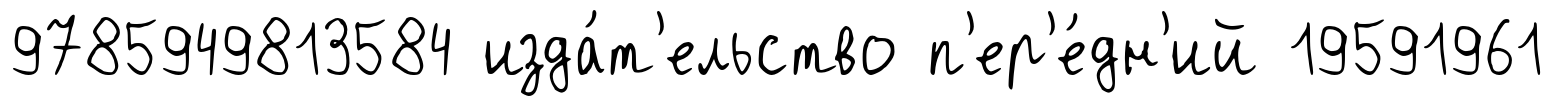
9785949813584 изда́т'ельство п'ер'е́дн'ий 19591961